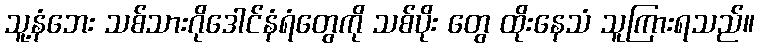
သူ့နံဘေး သစ်သားဂိုဒေါင်နံရံတွေကို သစ်ပိုး တွေ ထိုးနေသံ သူကြားရသည်။